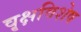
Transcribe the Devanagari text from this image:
वृक्षविशेष